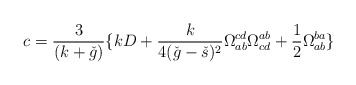
\begin{align*}c = \frac{3}{(k+\check{g})} \{ kD + \frac{k}{4(\check{g}-\check{s})^2} \Omega^{cd}_{ab} \Omega^{ab}_{cd} + \frac{1}{2} \Omega^{ba}_{ab}\}\end{align*}